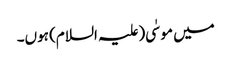
میں موسٰی(علیہ السلام) ہوں۔